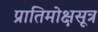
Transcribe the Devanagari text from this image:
प्रातिमोक्षसूत्र